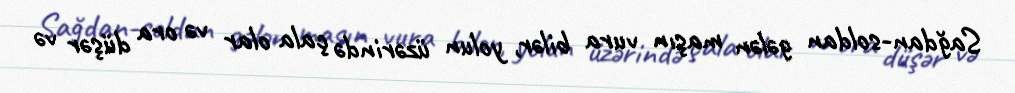
Sağdan-soldan gələn maşın vura bilər, yolun üzərində çala olar və ora düşər və